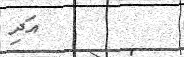
އަދި